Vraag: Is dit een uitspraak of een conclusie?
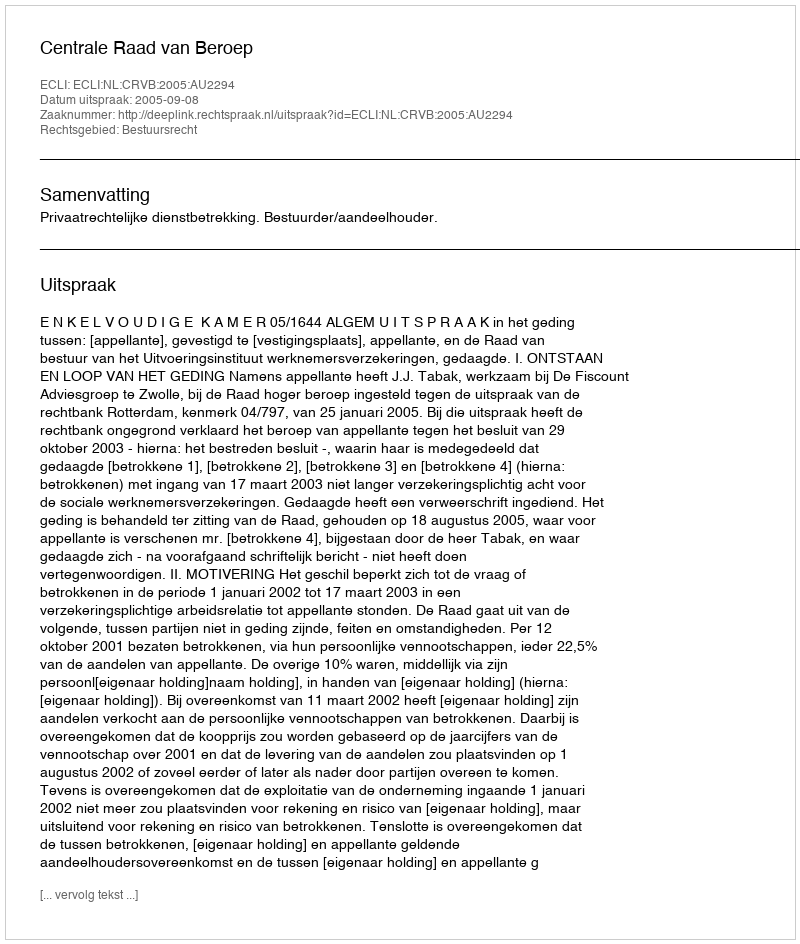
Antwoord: Uitspraak